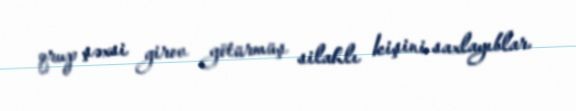
qrup şəxsi girov götürmüş silahlı kişini saxlayıblar.